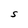
Character: S